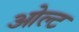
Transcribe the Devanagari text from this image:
ओल्ट